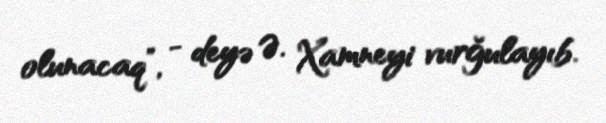
olunacaq”, - deyə Ə. Xamneyi vurğulayıb.